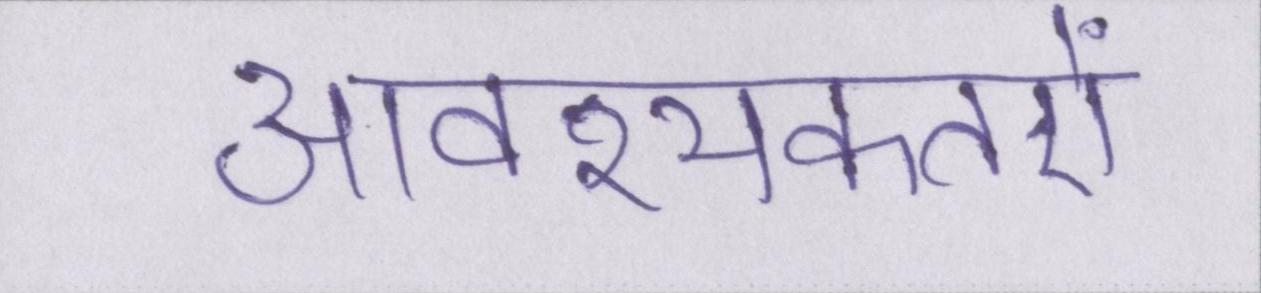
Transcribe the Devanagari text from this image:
आवश्यकतऐं